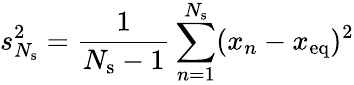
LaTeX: s_{N_{\mathrm{s}}}^{2}=\frac{1}{N_{\mathrm{s}}-1}\sum_{n=1}^{N_{\mathrm{s}}}(x_{n}-x_{\mathrm{{eq}}})^{2}